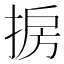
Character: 𱠒